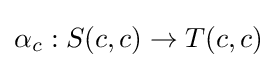
\alpha _{c}:S(c,c)\to T(c,c)